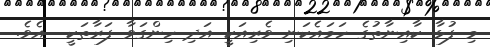
މި ފުޅާ ކާއިނާތުގެ ހަމައެކަނި ވެރިއަކީ އަދި ހިންގަވާ ފަރާތަކީ  އެވެ.